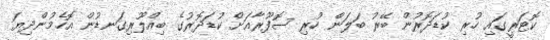
ކޮޓަރީގައި ހުރި ކުޑަދޮރުން ބޭރު ބަލަން ހުރި ސޮފޫރާއަށް ކުޑަދޮރުގެ ބިއްލޫރިގަނޑުން އޮހެމުންދިޔަ